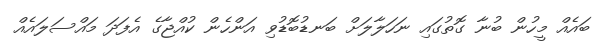
ބައެއް މީހުން ބުނާ ގޮތުގައި ނަހަލާލަށް ބަނޑުބޮޑުވި އަންހެން ކުއްޖާގެ އެފަދަ މައްސަލައެއް